Source: Handwritten
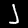
Digit: ၂ (2)